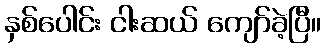
နှစ်ပေါင်း ငါးဆယ် ကျော်ခဲ့ပြီ။